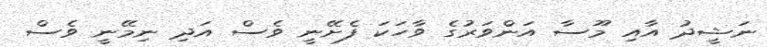
ނަޝީދު އާއި މޫސާ އަންވަރުގެ ވާހަކަ ފެށޭނީ ވެސް އަދި ނިމޭނީ ވެސް